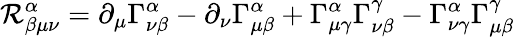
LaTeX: \mathcal{R}_{\beta\mu\nu}^{\alpha}=\partial_{\mu}\Gamma_{\nu\beta}^{\alpha}-\partial_{\nu}\Gamma_{\mu\beta}^{\alpha}+\Gamma_{\mu\gamma}^{\alpha}\Gamma_{\nu\beta}^{\gamma}-\Gamma_{\nu\gamma}^{\alpha}\Gamma_{\mu\beta}^{\gamma}